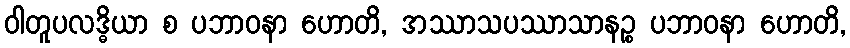
ဝါတူပလဒ္ဓိယာ စ ပဘာဝနာ ဟောတိ, အဿာသပဿာသာနဉ္စ ပဘာဝနာ ဟောတိ,